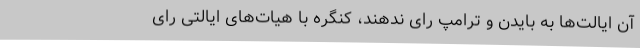
آن ایالت‌ها به بایدن و ترامپ رای ندهند، کنگره با هیات‌های ایالتی رای